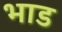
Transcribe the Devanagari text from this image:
भाड